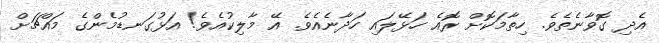
އެދި ގޮވާނެތެވެ. ހިތާމަކޮށް ރޮއެ ހަޅޭލައި ހަދާނެއެވެ. އޭ މާލިކުއެވެ! އަޅުގަނޑުމެންގެ މައްޗަށް